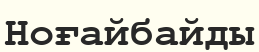
Ноғайбайды